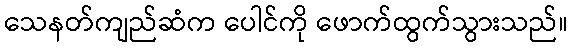
သေနတ်ကျည်ဆံက ပေါင်ကို ဖောက်ထွက်သွားသည်။